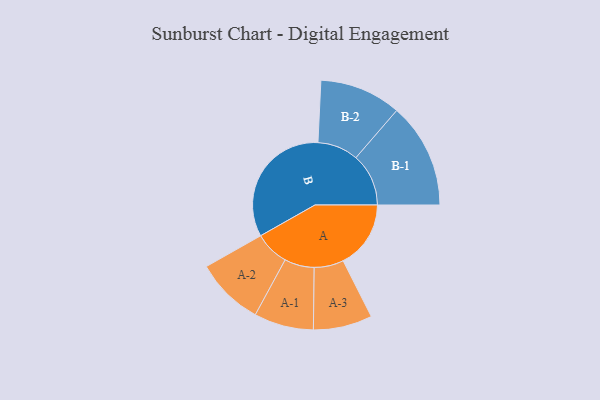
{"axis": {"x": "Segment", "y": "Value"}, "legend": ["", "A", "B"], "data": [{"x": "A", "y": 257, "type": ""}, {"x": "B", "y": 497, "type": ""}, {"x": "A-1", "y": 113, "type": "A"}, {"x": "A-2", "y": 130, "type": "A"}, {"x": "A-3", "y": 112, "type": "A"}, {"x": "B-1", "y": 200, "type": "B"}, {"x": "B-2", "y": 155, "type": "B"}]}